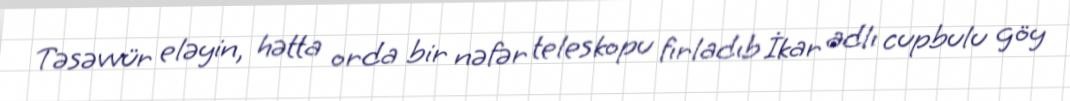
Təsəvvür eləyin, hətta orda bir nəfər teleskopu fırladıb İkar adlı cupbulu göy